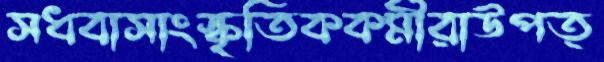
সধবাসাংস্কৃতিককর্মীরাউপত্